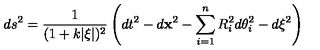
d s ^ { 2 } = { \frac { 1 } { ( 1 + k | \xi | ) ^ { 2 } } } \left( d t ^ { 2 } - d { \bf x } ^ { 2 } - \sum _ { i = 1 } ^ { n } R _ { i } ^ { 2 } d \theta _ { i } ^ { 2 } - d \xi ^ { 2 } \right)